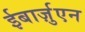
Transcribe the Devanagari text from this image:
ईबार्ज़ुएन